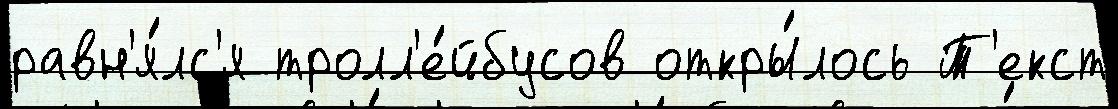
равн'я́лс'я тролл'е́йбусов откры́лось Т'екст